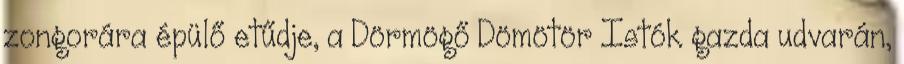
zongorára épülő etűdje, a Dörmögő Dömötör Istók gazda udvarán,